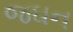
જઘન